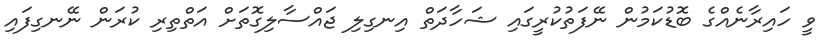
ވީ ހައިރާނެއްގެ ބޮޑުކަމުން ނޭފަތުކުރީގައި ޝަހާދަތް އިނގިލި ޖައްސާލިގޮތަށް އަތްތިރި ކުރަން ނޭނގިފައި